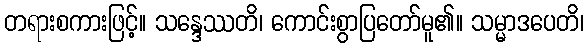
တရားစကားဖြင့်။ သန္ဒေဿတိ၊ ကောင်းစွာပြတော်မူ၏။ သမ္မာဒပေတိ၊